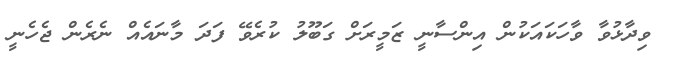
ވިދާޅުވާ ވާހަކައަކުން އިންސާނީ ޒަމީރަށް ގަބޫލު ކުރެވޭ ފަދަ މާނައެއް ނެރެން ޖެހެނީ